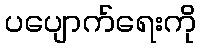
ပပျောက်ရေးကို